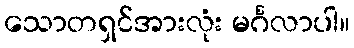
သောတရှင်အားလုံး မင်္ဂလာပါ။